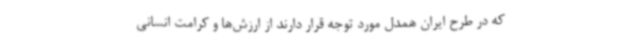
که در طرح ایران همدل مورد توجه قرار دارند از ارزش‌ها و کرامت انسانی